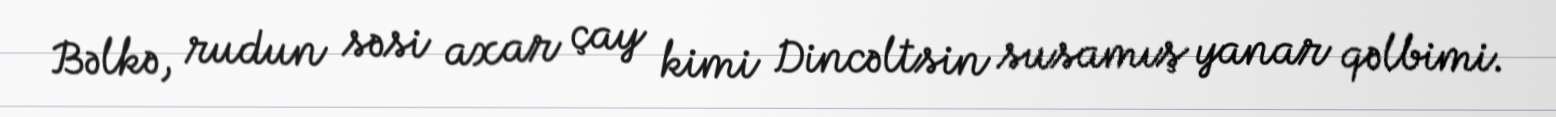
Bəlkə, rudun səsi axar çay kimi Dincəltsin susamış yanar qəlbimi.